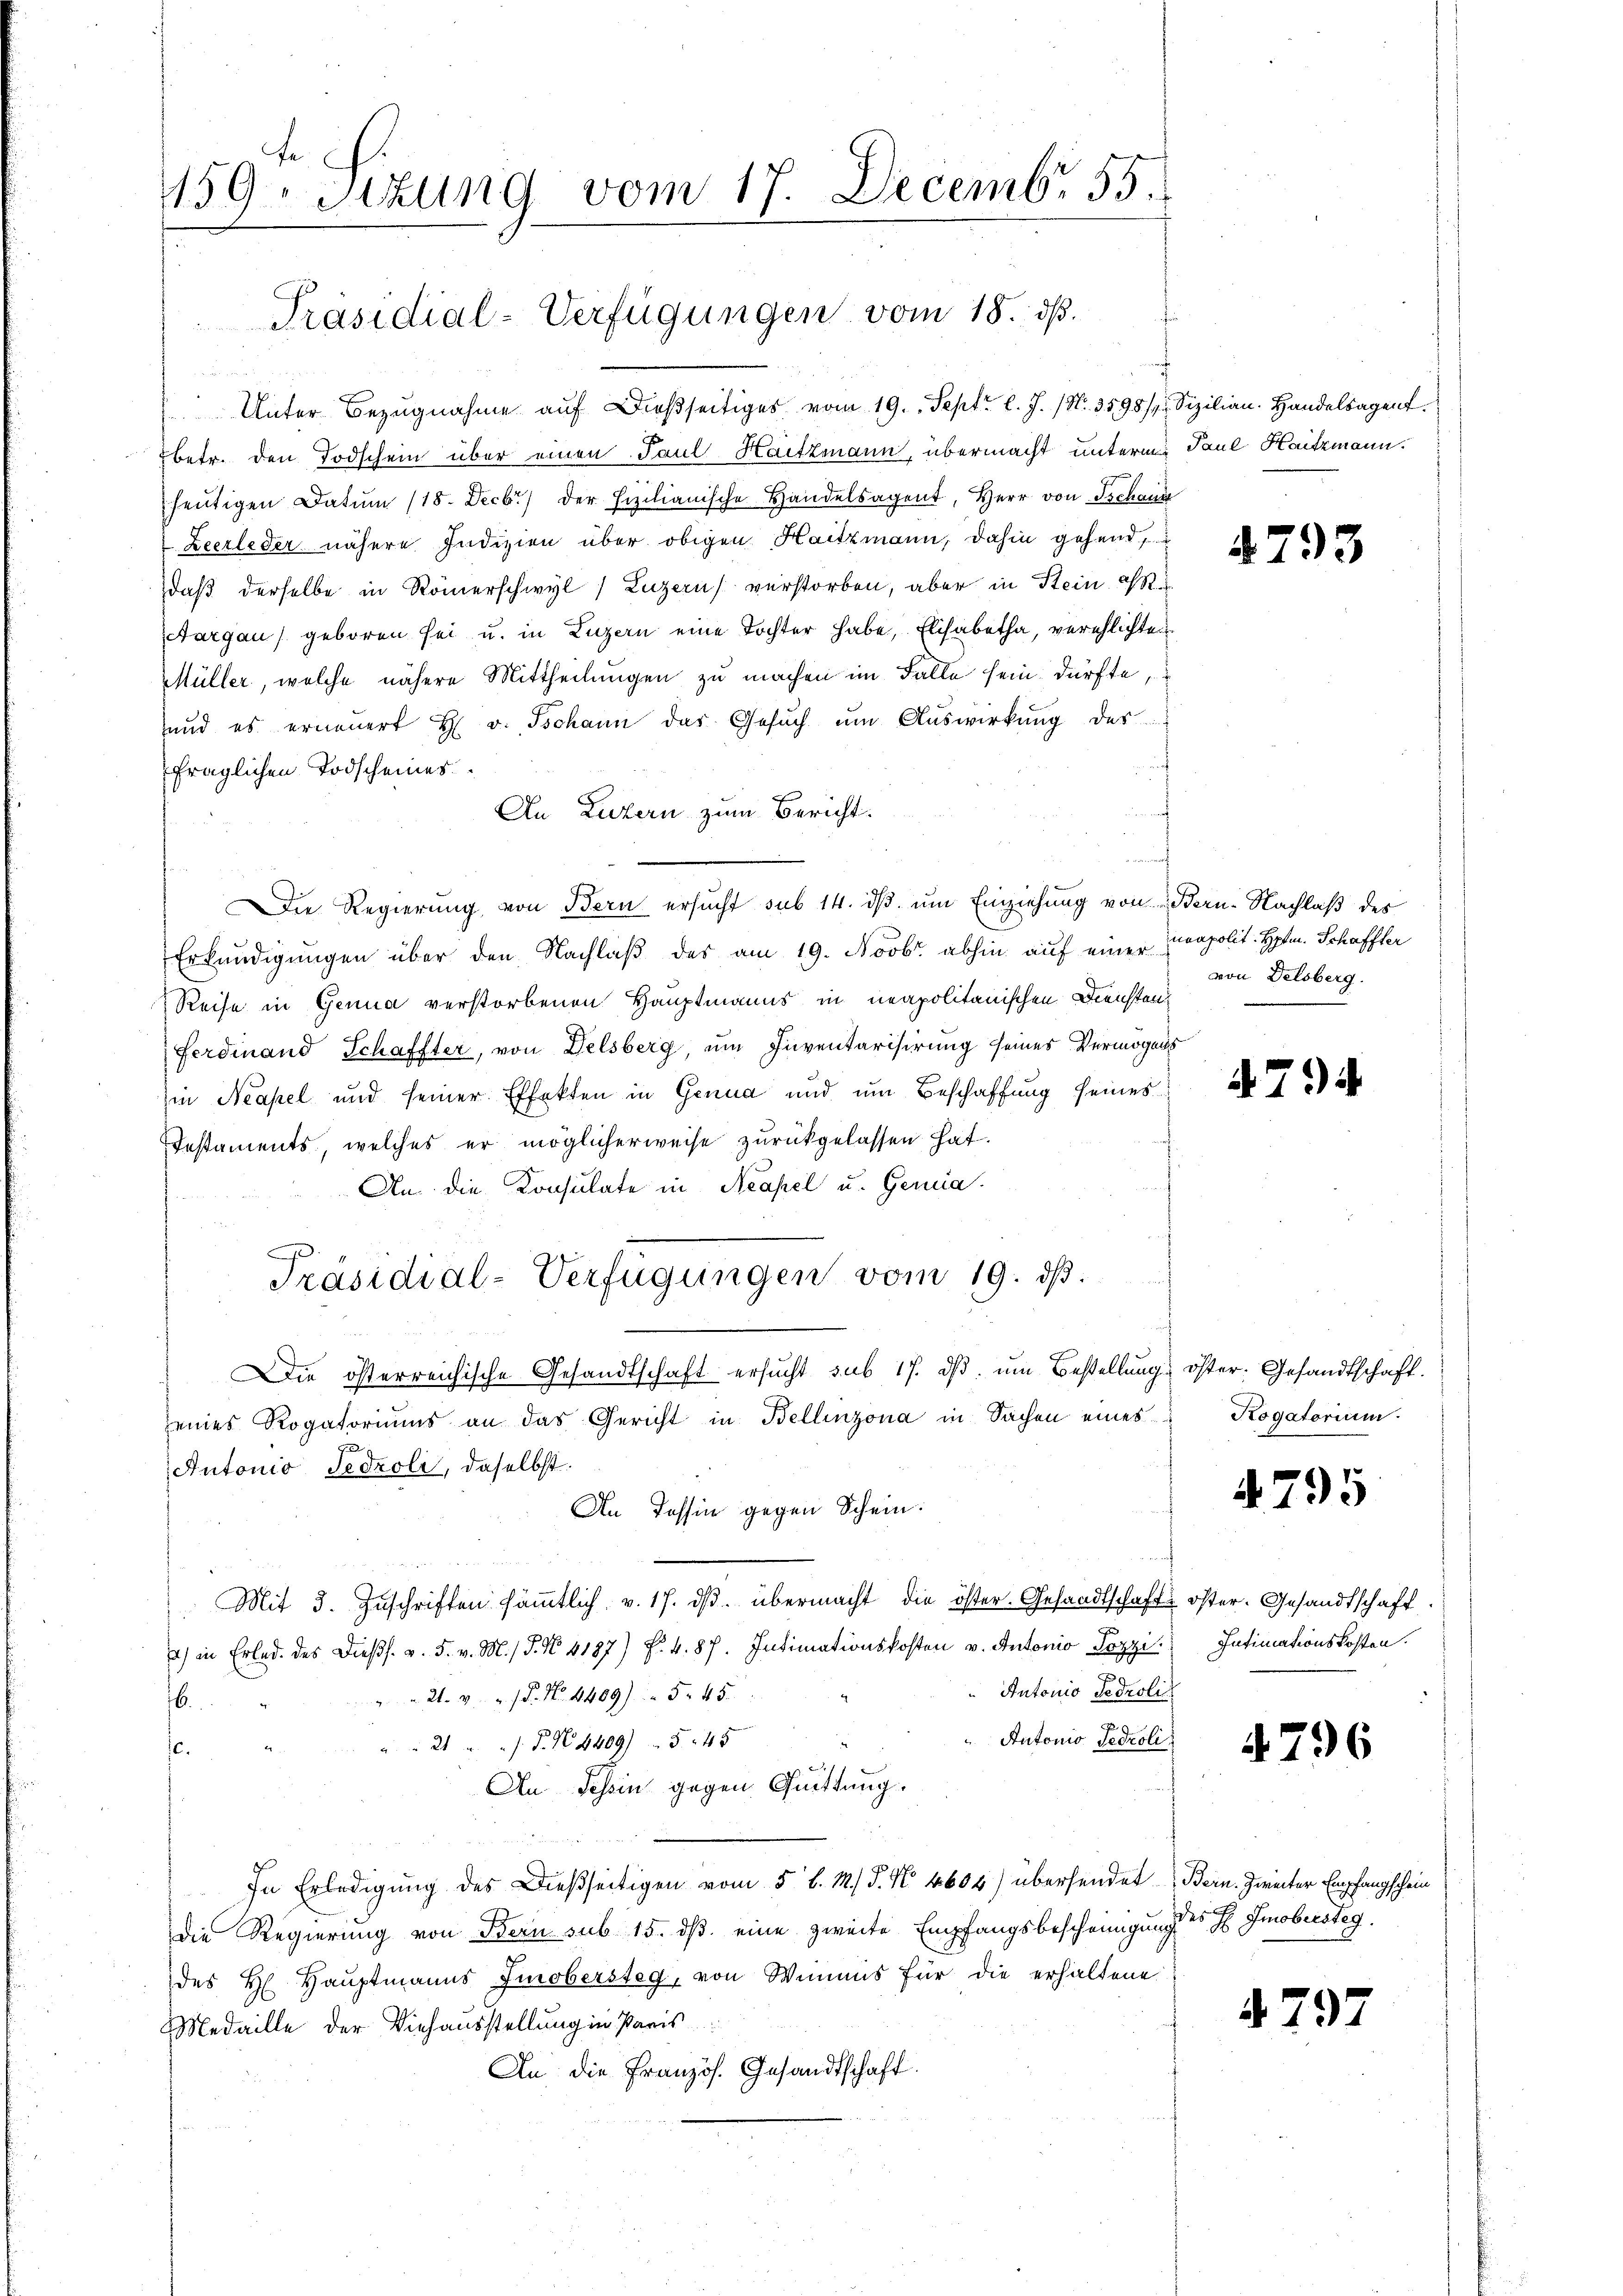
fe
159. Sekung vom 17. Decembr. 55.

Präsidial-Verfügungen vom 18. ds.

Unter Bezŭgnahme aŭf dieβseitiges vom 19. Sept. l. J. (N. 3598/4 Sizilian. Handelsagent.
betr. den Todschein über einen Paul Haitzmann, übermacht unterm Paul Haitzmann.
heutigen Datum (18. Decb.) der sizilianische Handelsagent, Herr von Tschaus
Zeerleder nähere Indizien über obigen Haitzmann, dahin gehend,
daß derselbe in Römerschwyl) Luzern verstorben, aber in Stein PR.
cargau geboren sei u. in Luzern eine Tochter habe, Elisabetha, verehlichten
Müller, welche nähere Mittheilungen zu machen im Falle sein dürfte
und es erneuert H. v. Jschann das Gesŭch ŭm Aŭswirkŭng des
fraglichen Todscheines
An Luzern zum Bericht.
Die Regierung von Bern ersucht sub 14. ds um Einziehung von Bern-Nachlaß des
Erkundigungen über den Nachlaß des am 19. Novbr. abhin auf einer Coapolit. Hptm. Schaffter
Reise in Genua verstorbenen Hauptmanns in neapolitanischen Diensten
Ferdinand Schaffter, von Delsberg, um Inventarisirung seines Vermögens
Iin Neapel und seiner Effekten in Genua und um Beschaffung seines
Instaments, welches er möglicherweise zurückgelassen hat.
An die Konsulate in Neapel u. Gernia
Präsidial-Verfügungen vom 19. ds.
Die österreichische Gesandtschaft ersŭcht sub 17. dβ. ŭm Bestellung öster. Gesandtschaft.
seines Rogatoriums an das Gericht in Bellinzona in Sachen eines
Antonio Sedzoli, daselbst.
An Tessin gegen Schein:
Mit 3. Zuschriften sämmtlich v. 17. dβ. übermacht die öster. Gesandtschaft öster. Gesandtschaft.
a) in Erled. des Dieβs. v. 5. v. M. P. N. 4187 f. 4. 87. Intimationskosten v. Antonio Pozzi
Antonio Sedroli
 21. v. u. P. Nr. 4409) 5. 45
6
7
Autonio Fedroli
2       "  P. N. 4409/5 45
c.
An Tessin gegen Quittung.
In Erledigung des Dießseitigen vom 5 l. M. P. N. 4604) übersendet Bern. Zweiter Empfangschein
Die Regierung von Bern sub 15. dß. eine zweite Empfangsbescheinigung des H Smobersteg
des H. Haŭptmanns Zinobersteg, von Wimnis für die erhaltene
Medaille der Viehausstellung in Paris
An die Französ. Gesandtschaft

f

4793

von Delsberg.

4794

Rogatorium.

4795

Intimationskosten.

4796

4797